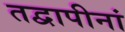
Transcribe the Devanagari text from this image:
तद्वापीनां